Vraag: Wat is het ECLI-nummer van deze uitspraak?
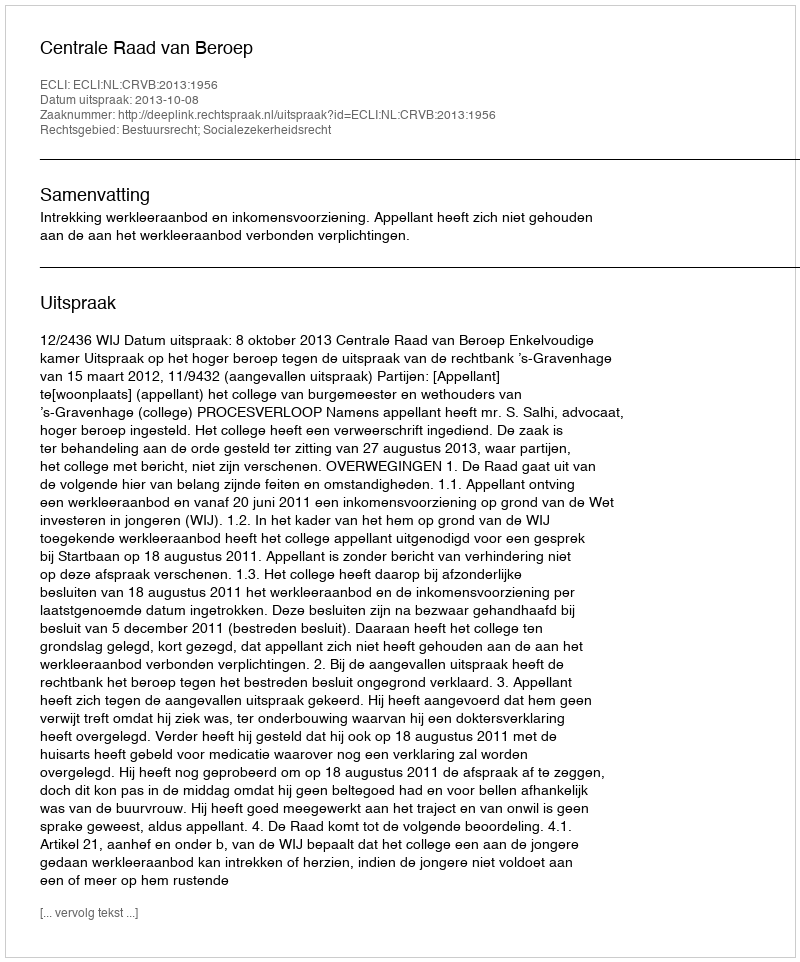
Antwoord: ECLI:NL:CRVB:2013:1956